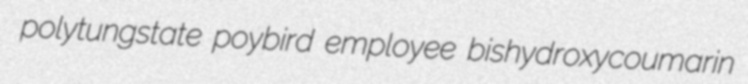
polytungstate poybird employee bishydroxycoumarin